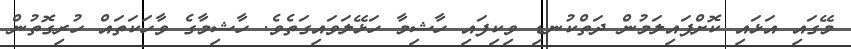
މޭގައި އަޅައި ކޮށްޕައިލަމުން ދަތްކުނޑި ވިކިފައި ހާޝިމާ ހަޅޭލަވައިގަތެވެ. ހާޝިމާގެ ވާހަކަތައް ހުރިގޮތުން